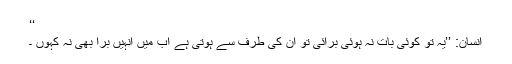
‘‘
انسان: ’’یہ تو کوئی بات نہ ہوئی برائی تو ان کی طرف سے ہوتی ہے اب میں انہیں برا بھی نہ کہوں ۔